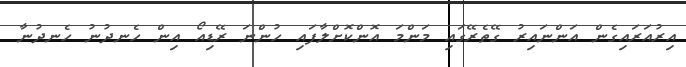
އިރުއަރައިގެން އަންނައިރު ގޭތެރޭގަައި މަންމަ އޮންކޮށްލާފައި ހުންނަ ރޭޑިއޯ އިން ހެނދުނު ހެނދުނާ